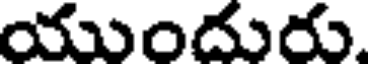
యుందురు.